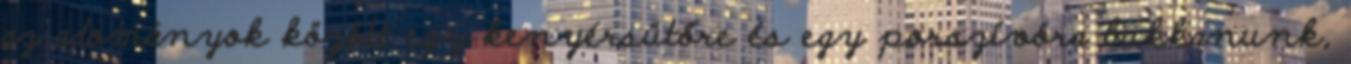
az adományok között egy kenyérsütőre és egy porszívóra bukkanunk,